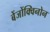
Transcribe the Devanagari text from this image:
बेंजोंक्विनोन